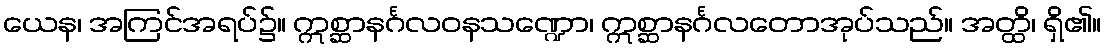
ယေန၊ အကြင်အရပ်၌။ ဣစ္ဆာနင်္ဂလဝနသဏ္ဍော၊ ဣစ္ဆာနင်္ဂလတောအုပ်သည်။ အတ္ထိ၊ ရှိ၏။